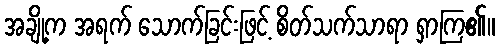
အချို့က အရက် သောက်ခြင်းဖြင့် စိတ်သက်သာရာ ရှာကြ၏။